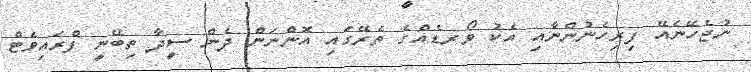
ނުޖެހޭނެއޭ ފިރިހެނުންނާއި އެކު ވޯރޑެއްގެ ތެރޭގައި އޮންނަން ދެން ސީދާ ތިބޭނީ ފްރައިވެޓް